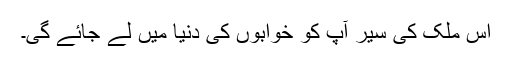
اس ملک کی سیر آپ کو خوابوں کی دنیا میں لے جائے گی۔